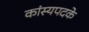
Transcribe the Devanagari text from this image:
कांस्यपदके